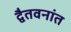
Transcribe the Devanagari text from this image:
द्वैतवनांत